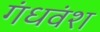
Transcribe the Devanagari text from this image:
गंधवंश